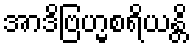
အာဒိဗြဟ္မစရိယန္တိ